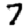
Digit: 7